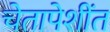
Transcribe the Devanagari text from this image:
चेतापेशींत